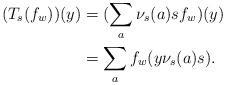
LaTeX: \begin{align*}(T_s(f_w))(y)&=(\sum_a\nu_s(a)sf_w)(y)\\{}&=\sum_af_w(y\nu_s(a)s).\end{align*}